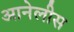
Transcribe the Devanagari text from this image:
आनेलीस